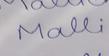
Signature authenticity: genuine